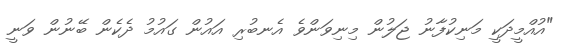
"އުއްމީދަކީ މަނިކުފާނު ޖަލުން މިނިވަންވެ އެނބުރި އައުން ގައުމު ދެކެން ބޭނުން ވަނީ